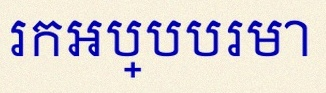
រកអប្បបរមា